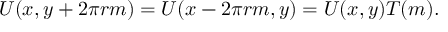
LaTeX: U ( x , y + 2 \pi r m ) = U ( x - 2 \pi r m , y ) = U ( x , y ) T ( m ) .